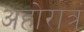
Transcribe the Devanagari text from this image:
अहोरात्रं